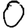
Digit: 0